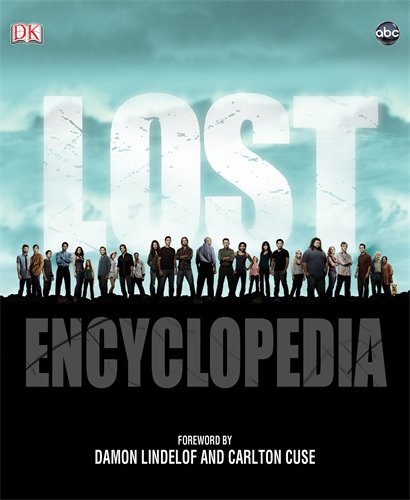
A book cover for Lost Encyclopedia; Tara Bennett; Humor & Entertainment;